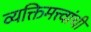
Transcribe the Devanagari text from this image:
व्यक्तिमत्त्वांची